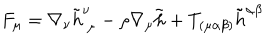
LaTeX: F _ { \mu } = \nabla _ { \nu } \tilde { h } _ { ~ \mu } ^ { \nu } - \rho \nabla _ { \mu } \tilde { h } + T _ { ( \mu \alpha \beta ) } \tilde { h } ^ { \alpha \beta }